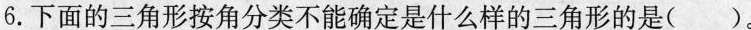
6.下面的三角形按角分类不能确定是什么样的三角形的是( )。